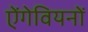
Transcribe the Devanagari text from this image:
ऐंगेवियनों